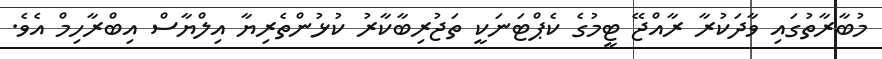
މުބާރާތުގައި ވާދަކުރާ ރާއްޖޭ ޓީމުގެ ކެޕްޓަނަކީ ތަޖުރިބާކާރު ކުޅުންތެރިޔާ އިލްޔާސް އިބްރާހިމް އެވެ.